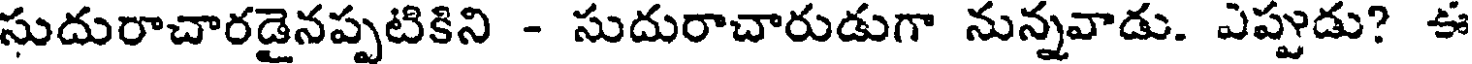
సుదురాచారడైనప్పటికిని - సుదురాచారుడుగా నున్నవాడు. ఎప్పుడు? ఈ